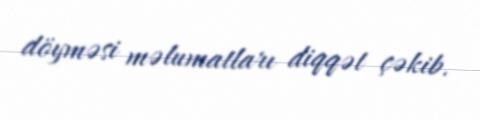
döyməsi məlumatları diqqət çəkib.